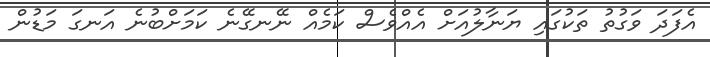
އެފަދަ ވަގުތު ތަކުގައި ޔަނާލުއަށް އެއްވެސް ކަމެއް ނޭނގޭނެ ކަމަށްބުނެ އަނގަ މަޑުން